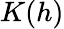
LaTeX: K(h)